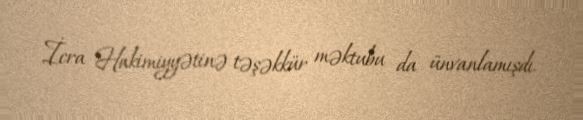
İcra Hakimiyyətinə təşəkkür məktubu da ünvanlamışdı.